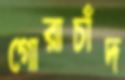
গোরাচাঁদ